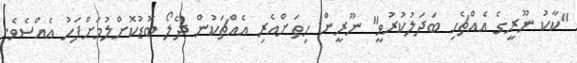
"ކާކު ނޫރީގެ އެއްޗެހި ބަދަލުކުރުވީ" ނޫރީން ހިތަށްއެރި އެއްޗަކުން ދެލޯ ބޮޑުކޮށްލުމަށްފަހު އެއްސެވެ.